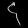
Digit: ၄